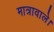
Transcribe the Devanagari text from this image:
मात्रावाले।